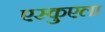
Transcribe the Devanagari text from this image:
एस्कुएला